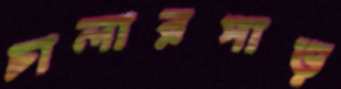
চালারপাড়